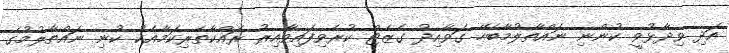
އަދި ވިދާޅުވީ ކުންނި ނައްތާލުމާބެހޭ ގަވާއިދު ގެޒެޓް ކުރެވިފައިވާއިރު ރައްކާތެރިކަމާއެކު ކުނި ނައްތާލުމުގެ